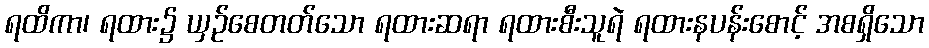
ရထိကာ၊ ရထား၌ ယှဉ်စေတတ်သော ရထားဆရာ ရထားစီးသူရဲ ရထားနပန်းစောင့် အစရှိသော